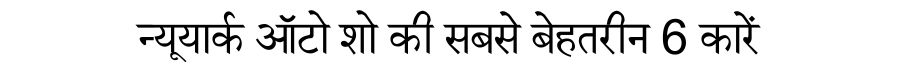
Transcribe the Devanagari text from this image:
न्यूयार्क ऑटो शो की सबसे बेहतरीन 6 कारें